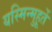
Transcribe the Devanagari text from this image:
यस्मिन्मुहूर्ते